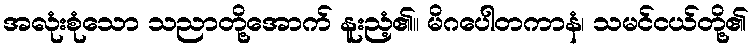
အလုံးစုံသော သညာတို့အောက် နူးညံ့၏။ မိဂပေါတကာနံ၊ သမင်ငယ်တို့၏